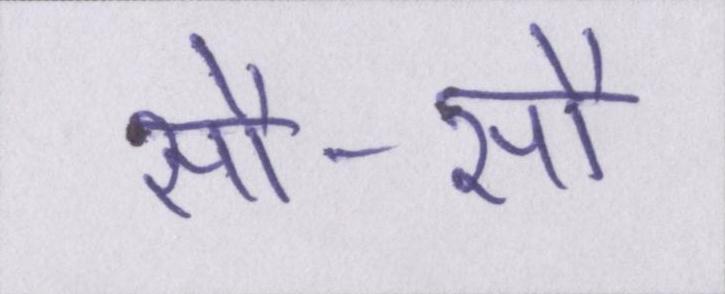
सौ-सौ